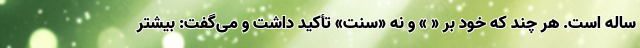
ساله است. هر چند که خود بر « » و نه «سنت» تأکید داشت و می‌گفت: بیشتر